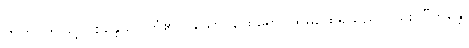
ဣတိ၊ ဤသို့။ (စိန္တေသိ၊ ကြံ၏။) သောပိထေရော၊ ထိုမထေရ်သည်လည်း။ “ဘန္တေ၊